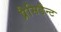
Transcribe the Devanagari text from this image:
प्रैसिडैन्ट